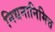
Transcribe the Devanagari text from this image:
निधनानिमित्त